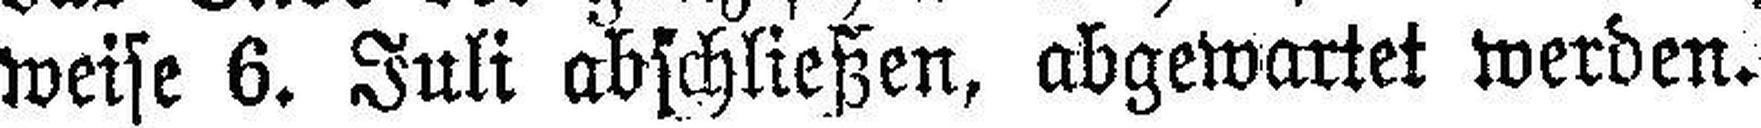
weise 6. Juli abschließen, abgewartet werden.